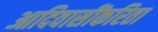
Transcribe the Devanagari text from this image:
आदिवासींकरिता